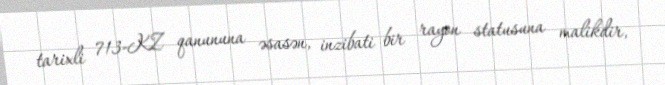
tarixli 713-KZ qanununa əsasən, inzibati bir rayon statusuna malikdir,